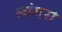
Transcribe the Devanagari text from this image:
लांसरों